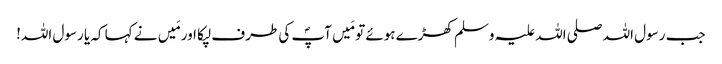
جب رسول اللہ صلی اللہ علیہ وسلم کھڑے ہوئے تو مَیں آپؐ کی طرف لپکا اور مَیں نے کہا کہ یا رسول اللہ!